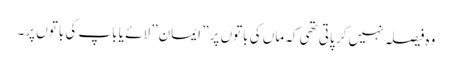
وہ فیصلہ نہیں کر پاتی تھی کہ ماں کی باتوں پر ” ایمان” لائے یا باپ کی باتوں پر۔